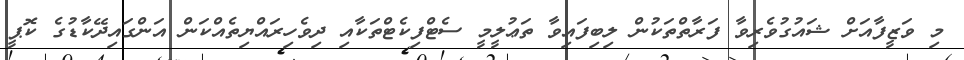
މި ވަޒީފާއަށް ޝައުގުވެރިވާ ފަރާތްތަކުން ލިބިފައިވާ ތަޢުލީމީ ސެޓްފިކެޓްތަކާއި ދިވެހިރައްޔިތެއްކަން އަންގައިދޭކާޑުގެ ކޮޕީ